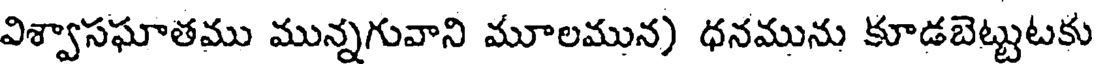
విశ్వాసఘాతము మున్నగువాని మూలమున) ధనమును కూడబెట్టుటకు